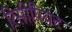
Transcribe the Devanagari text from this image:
रिसीपियंट